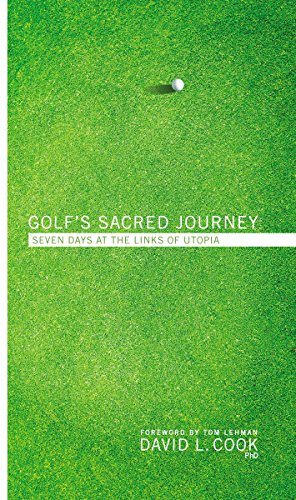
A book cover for Golf's Sacred Journey: Seven Days at the Links of Utopia; David L. Cook; Christian Books & Bibles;